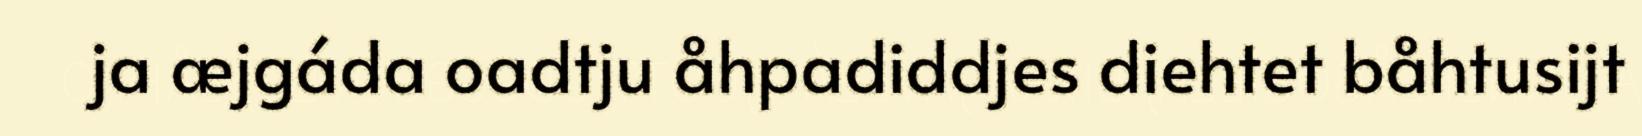
ja æjgáda oadtju åhpadiddjes diehtet båhtusijt